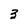
Character: 3